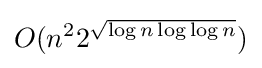
O(n^{2}2^{\sqrt {\log n\log \log n}})